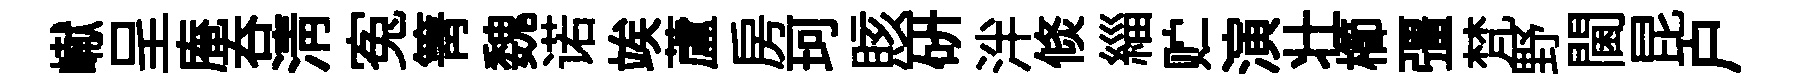
𪩘呈庵呑淸寃箐魏诺竢蘆房珂賅研泮倐緇贮演壮櫛彊梵野閫昆户